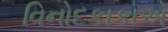
વિનોદકાકાએ